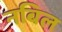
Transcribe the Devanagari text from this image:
नबिल